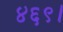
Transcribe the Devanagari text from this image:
४६९।